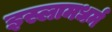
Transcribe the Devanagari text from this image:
इस्लामधर्म